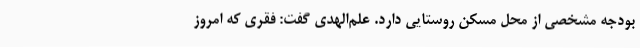
بودجه مشخصی از محل مسکن روستایی دارد. علم‌الهدی گفت: فقری که امروز